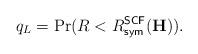
LaTeX: \begin{align*}q_L = \Pr(R < R^{\sf SCF}_{\sf sym}(\mathbf{H})).\end{align*}